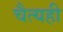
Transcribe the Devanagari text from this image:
चैत्यही